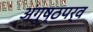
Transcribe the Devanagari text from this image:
अंगुष्ठपर्व